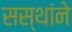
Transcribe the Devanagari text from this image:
सस्थांने